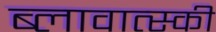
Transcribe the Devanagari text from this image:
ब्लावात्स्की